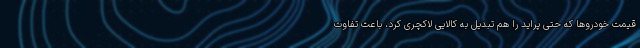
قیمت خودروها که حتی پراید را هم تبدیل به کالایی لاکچری کرد، باعث تفاوت